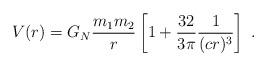
LaTeX: \begin{align*}V(r) = G_N \frac{m_1 m_2}{r} \left[1+ \frac{32}{3\pi} \frac{1}{(c r)^3} \right]~.\end{align*}